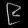
Digit: ၉